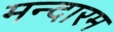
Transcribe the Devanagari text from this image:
मन्दारम